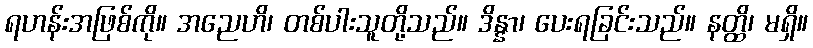
ရဟန်းအဖြစ်ကို။ အညေဟိ၊ တစ်ပါးသူတို့သည်။ ဒိန္နာ၊ ပေးရခြင်းသည်။ နတ္ထိ၊ မရှိ။